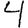
Digit: 4